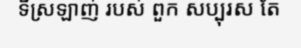
ទីស្រឡាញ់ របស់ ពួក សប្បុរស តែ